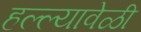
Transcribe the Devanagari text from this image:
हल्ल्यावेळी